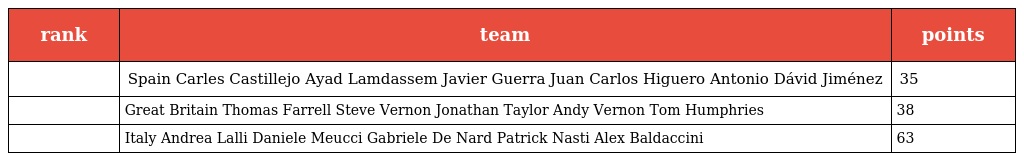
| rank | team | points |
 | --- | --- | --- |
 |  | Spain Carles Castillejo Ayad Lamdassem Javier Guerra Juan Carlos Higuero Antonio Dávid Jiménez | 35 |
 |  | Great Britain Thomas Farrell Steve Vernon Jonathan Taylor Andy Vernon Tom Humphries | 38 |
 |  | Italy Andrea Lalli Daniele Meucci Gabriele De Nard Patrick Nasti Alex Baldaccini | 63 |